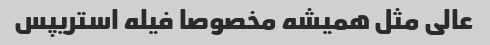
عالی مثل همیشه مخصوصا فیله استریپس